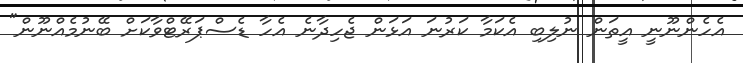
އެހެންނޫނީ އީތަން ނުލިބި އެކަމާ ކަރުނަ އަޅަން ޖެހިދާނެ އެހާ ޑެސްޕަރޭޓްވާކަށް ބޭނުމެއްނޫން"